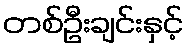
တစ်ဦးချင်းနှင့်